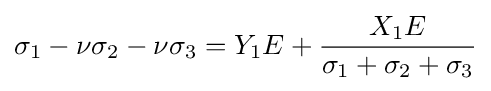
\sigma _{1}-\nu \sigma _{2}-\nu \sigma _{3}=Y_{1}E+{\frac {X_{1}E}{\sigma _{1}+\sigma _{2}+\sigma _{3}}}